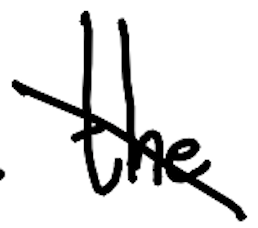
Text: the
Cross-out: diagonal
Writing tool: digital_black